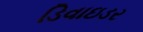
ડિવાઇડર